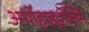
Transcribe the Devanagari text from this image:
अर्थोहाइड्रोक्सि